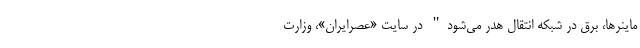
ماینرها، برق در شبکه انتقال هدر می‌شود" در سایت «عصرایران»، وزارت